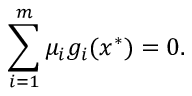
\sum _ { i = 1 } ^ { m } \mu _ { i } g _ { i } ( x ^ { * } ) = 0 .